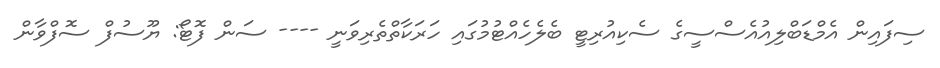
ސިފައިން އެމްޑަބްލިއުއެސްސީގެ ސެކިއުރިޓީ ބެލެހެއްޓުމުގައި ހަރަކާތްތެރިވަނީ ---- ސަން ފޮޓޯ: ޔޫސުފް ސޮފްވާން